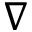
\nabla